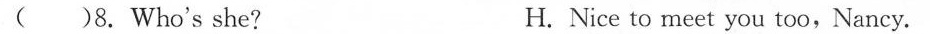
( )8. Who's she? H. Nice to meet you too, Nancy.